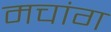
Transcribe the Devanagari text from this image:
मचांग